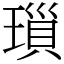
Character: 𤨏